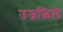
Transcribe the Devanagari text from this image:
उजळिलें